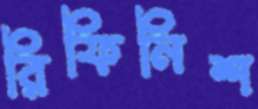
রিফিনিশ